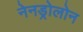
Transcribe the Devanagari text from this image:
नेनड्रोलोन